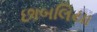
છાબલિયા